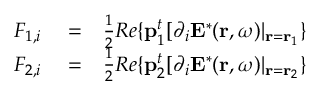
\begin{array} { r l r } { F _ { 1 , i } } & { { } = } & { \frac { 1 } { 2 } R e \{ \mathbf { p } _ { 1 } ^ { t } [ \partial _ { i } \mathbf { E } ^ { * } ( \mathbf { r } , \omega ) | _ { \mathbf { r } = \mathbf { r } _ { 1 } } \} } \\ { F _ { 2 , i } } & { { } = } & { \frac { 1 } { 2 } R e \{ \mathbf { p } _ { 2 } ^ { t } [ \partial _ { i } \mathbf { E } ^ { * } ( \mathbf { r } , \omega ) | _ { \mathbf { r } = \mathbf { r } _ { 2 } } \} } \end{array}